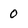
Character: 0